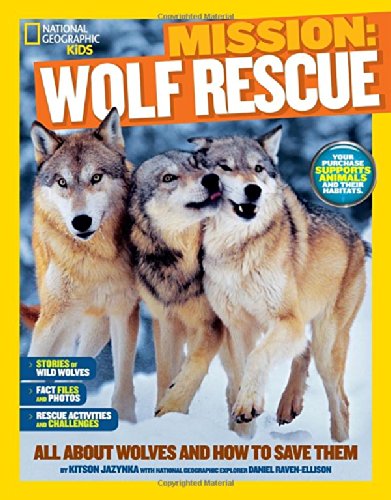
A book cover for National Geographic Kids Mission: Wolf Rescue: All About Wolves and How to Save Them; Kitson Jazynka; Children's Books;